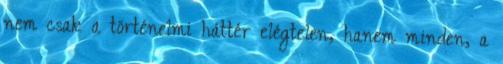
nem csak a történelmi háttér elégtelen, hanem minden, a